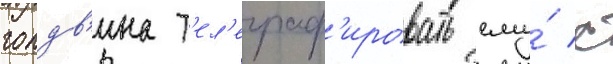
голдв'ина т'ел'еграф'ировать ему́ с